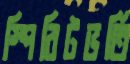
স্পিরিটভর্তি